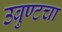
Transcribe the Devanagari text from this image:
उबुण्टचा